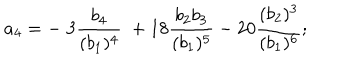
LaTeX: a _ { 4 } = - \; 3 { \frac { b _ { 4 } } { ( b _ { 1 } ) ^ { 4 } } } \; + 1 8 { \frac { b _ { 2 } b _ { 3 } } { ( b _ { 1 } ) ^ { 5 } } } - 2 0 { \frac { ( b _ { 2 } ) ^ { 3 } } { ( b _ { 1 } ) ^ { 6 } } } ;